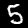
Label: 5